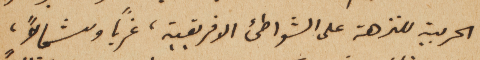
الحربية للنزهة على الشواطىء الافريقية، غرباً وشمالاً،